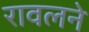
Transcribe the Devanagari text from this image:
रावलने